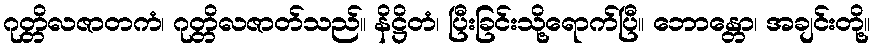
ဂုတ္တိလဇာတကံ၊ ဂုတ္တိလဇာတ်သည်။ နိဋ္ဌိတံ၊ ပြီးခြင်းသို့ရောက်ပြီ။ ဘောန္တော၊ အချင်းတို့။